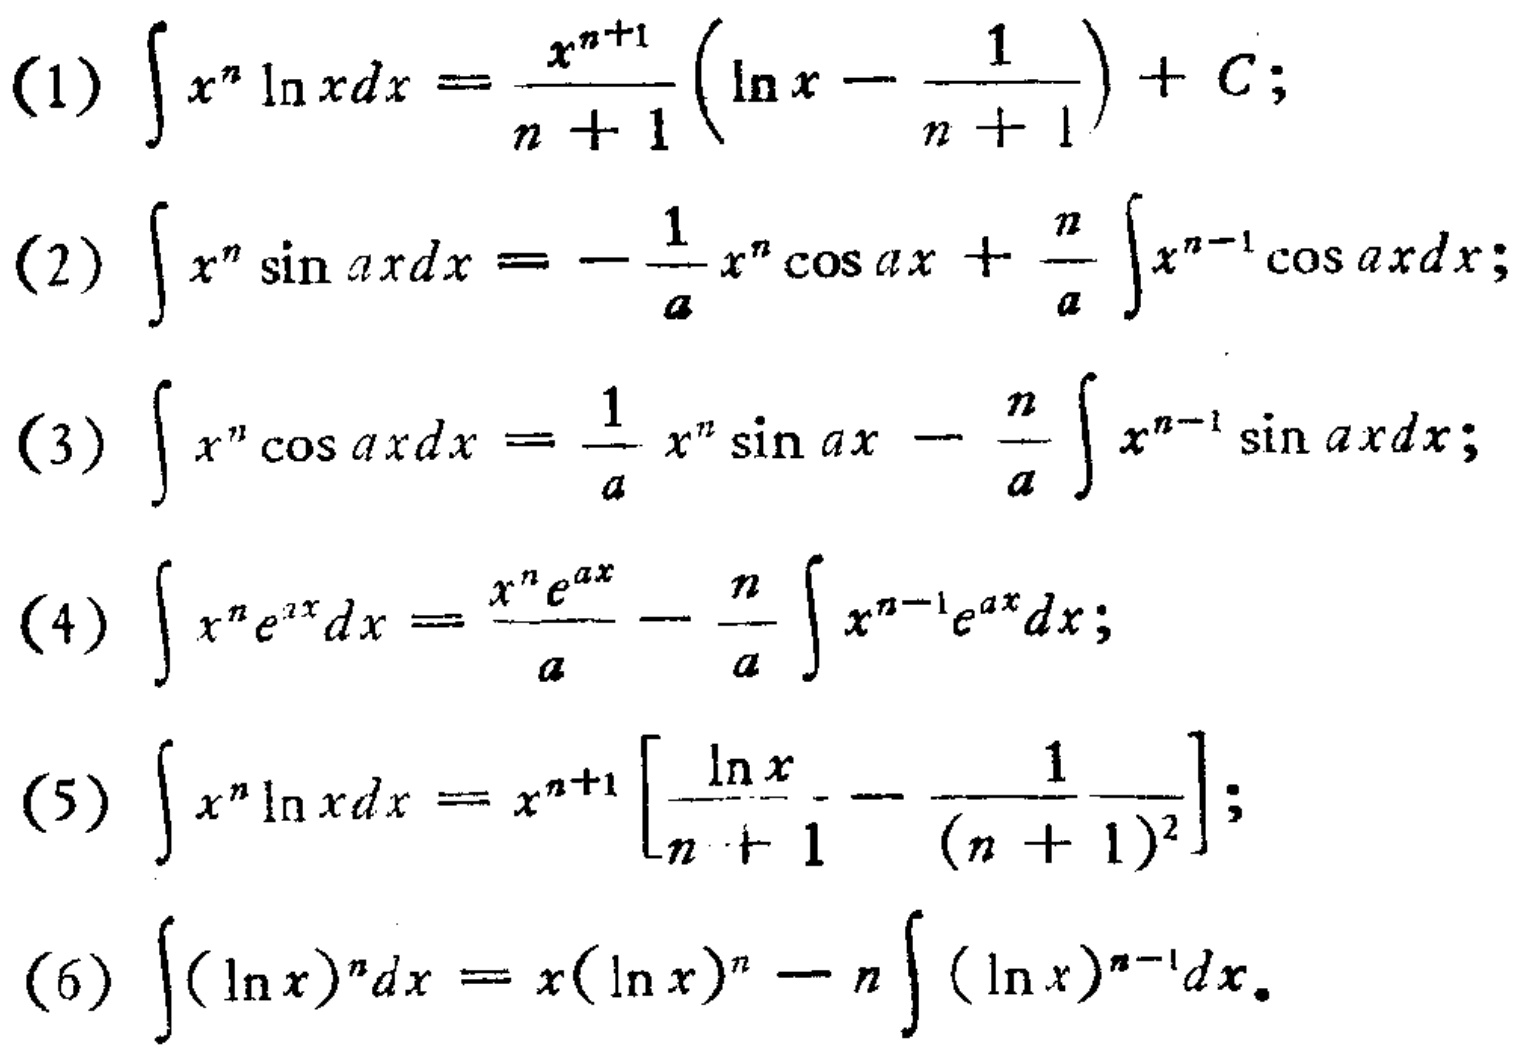
(1) \(\int x^{n} \ln xdx=\frac{x^{n + 1}}{n + 1}(\ln x-\frac{1}{n + 1})+C\);
(2) \(\int x^{n} \sin axdx=-\frac{1}{a}x^{n}\cos ax+\frac{n}{a}\int x^{n - 1}\cos axdx\);
(3) \(\int x^{n} \cos axdx=\frac{1}{a}x^{n}\sin ax-\frac{n}{a}\int x^{n - 1}\sin axdx\);
(4) \(\int x^{n}e^{ax}dx=\frac{x^{n}e^{ax}}{a}-\frac{n}{a}\int x^{n - 1}e^{ax}dx\);
(5) \(\int x^{n} \ln xdx=x^{n + 1}[\frac{\ln x}{n + 1}-\frac{1}{(n + 1)^{2}}]\);
(6) \(\int (\ln x)^{n}dx=x(\ln x)^{n}-n\int (\ln x)^{n - 1}dx\).